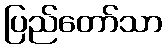
ပြည်တော်သာ